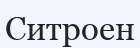
Ситроен